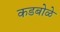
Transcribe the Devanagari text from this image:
कडबोळे